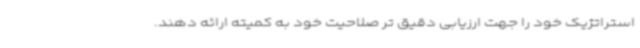
استراتژیک خود را جهت ارزیابی دقیق تر صلاحیت خود به کمیته ارائه دهند.